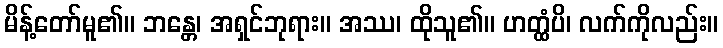
မိန့်တော်မူ၏။ ဘန္တေ၊ အရှင်ဘုရား။ အဿ၊ ထိုသူ၏။ ဟတ္ထံပိ၊ လက်ကိုလည်း။